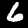
Digit: 6